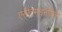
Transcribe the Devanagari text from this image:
एसीटमाइनोफ़िन